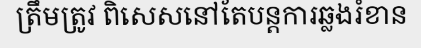
ត្រឹមត្រូវ ពិសេសនៅតែបន្តការឆ្លងរំខាន